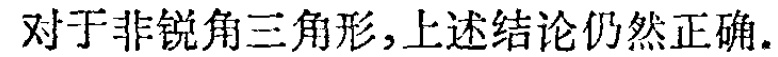
对于非锐角三角形,上述结论仍然正确.